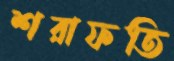
শরাফতি